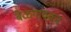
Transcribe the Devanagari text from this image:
बेळगांवकर